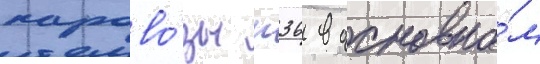
парово́зы п36 в основно́м